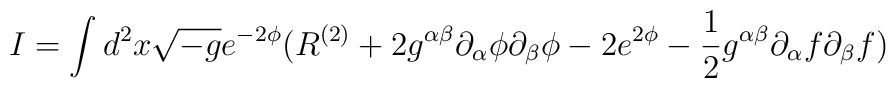
I= \int d^2 x \sqrt{-g} e^{- 2 \phi} ( R^{(2)} + 2 g^{\alpha \beta}\partial_{\alpha} \phi \partial_{\beta} \phi - 2 e^{2 \phi}- \frac{1}{2} g^{\alpha \beta} \partial_{\alpha} f \partial_{\beta} f)